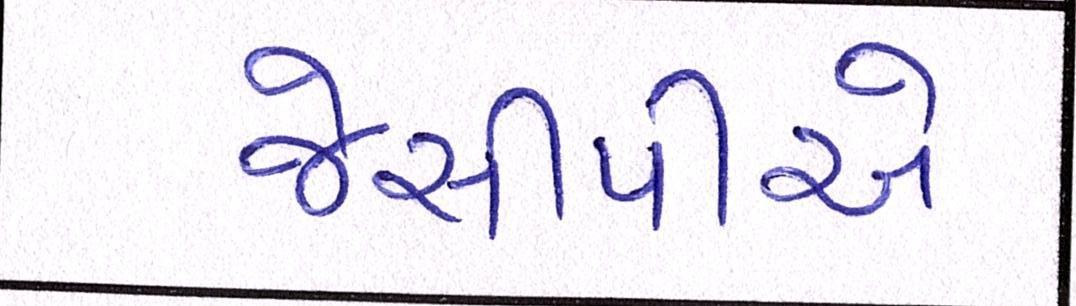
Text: જેસીપીએ